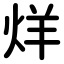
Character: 烊